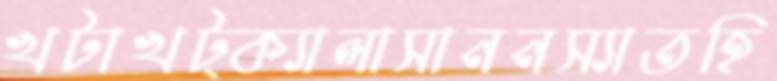
খটাখট্ক্যালাসাননস্যাতহি